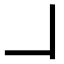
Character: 𠃎